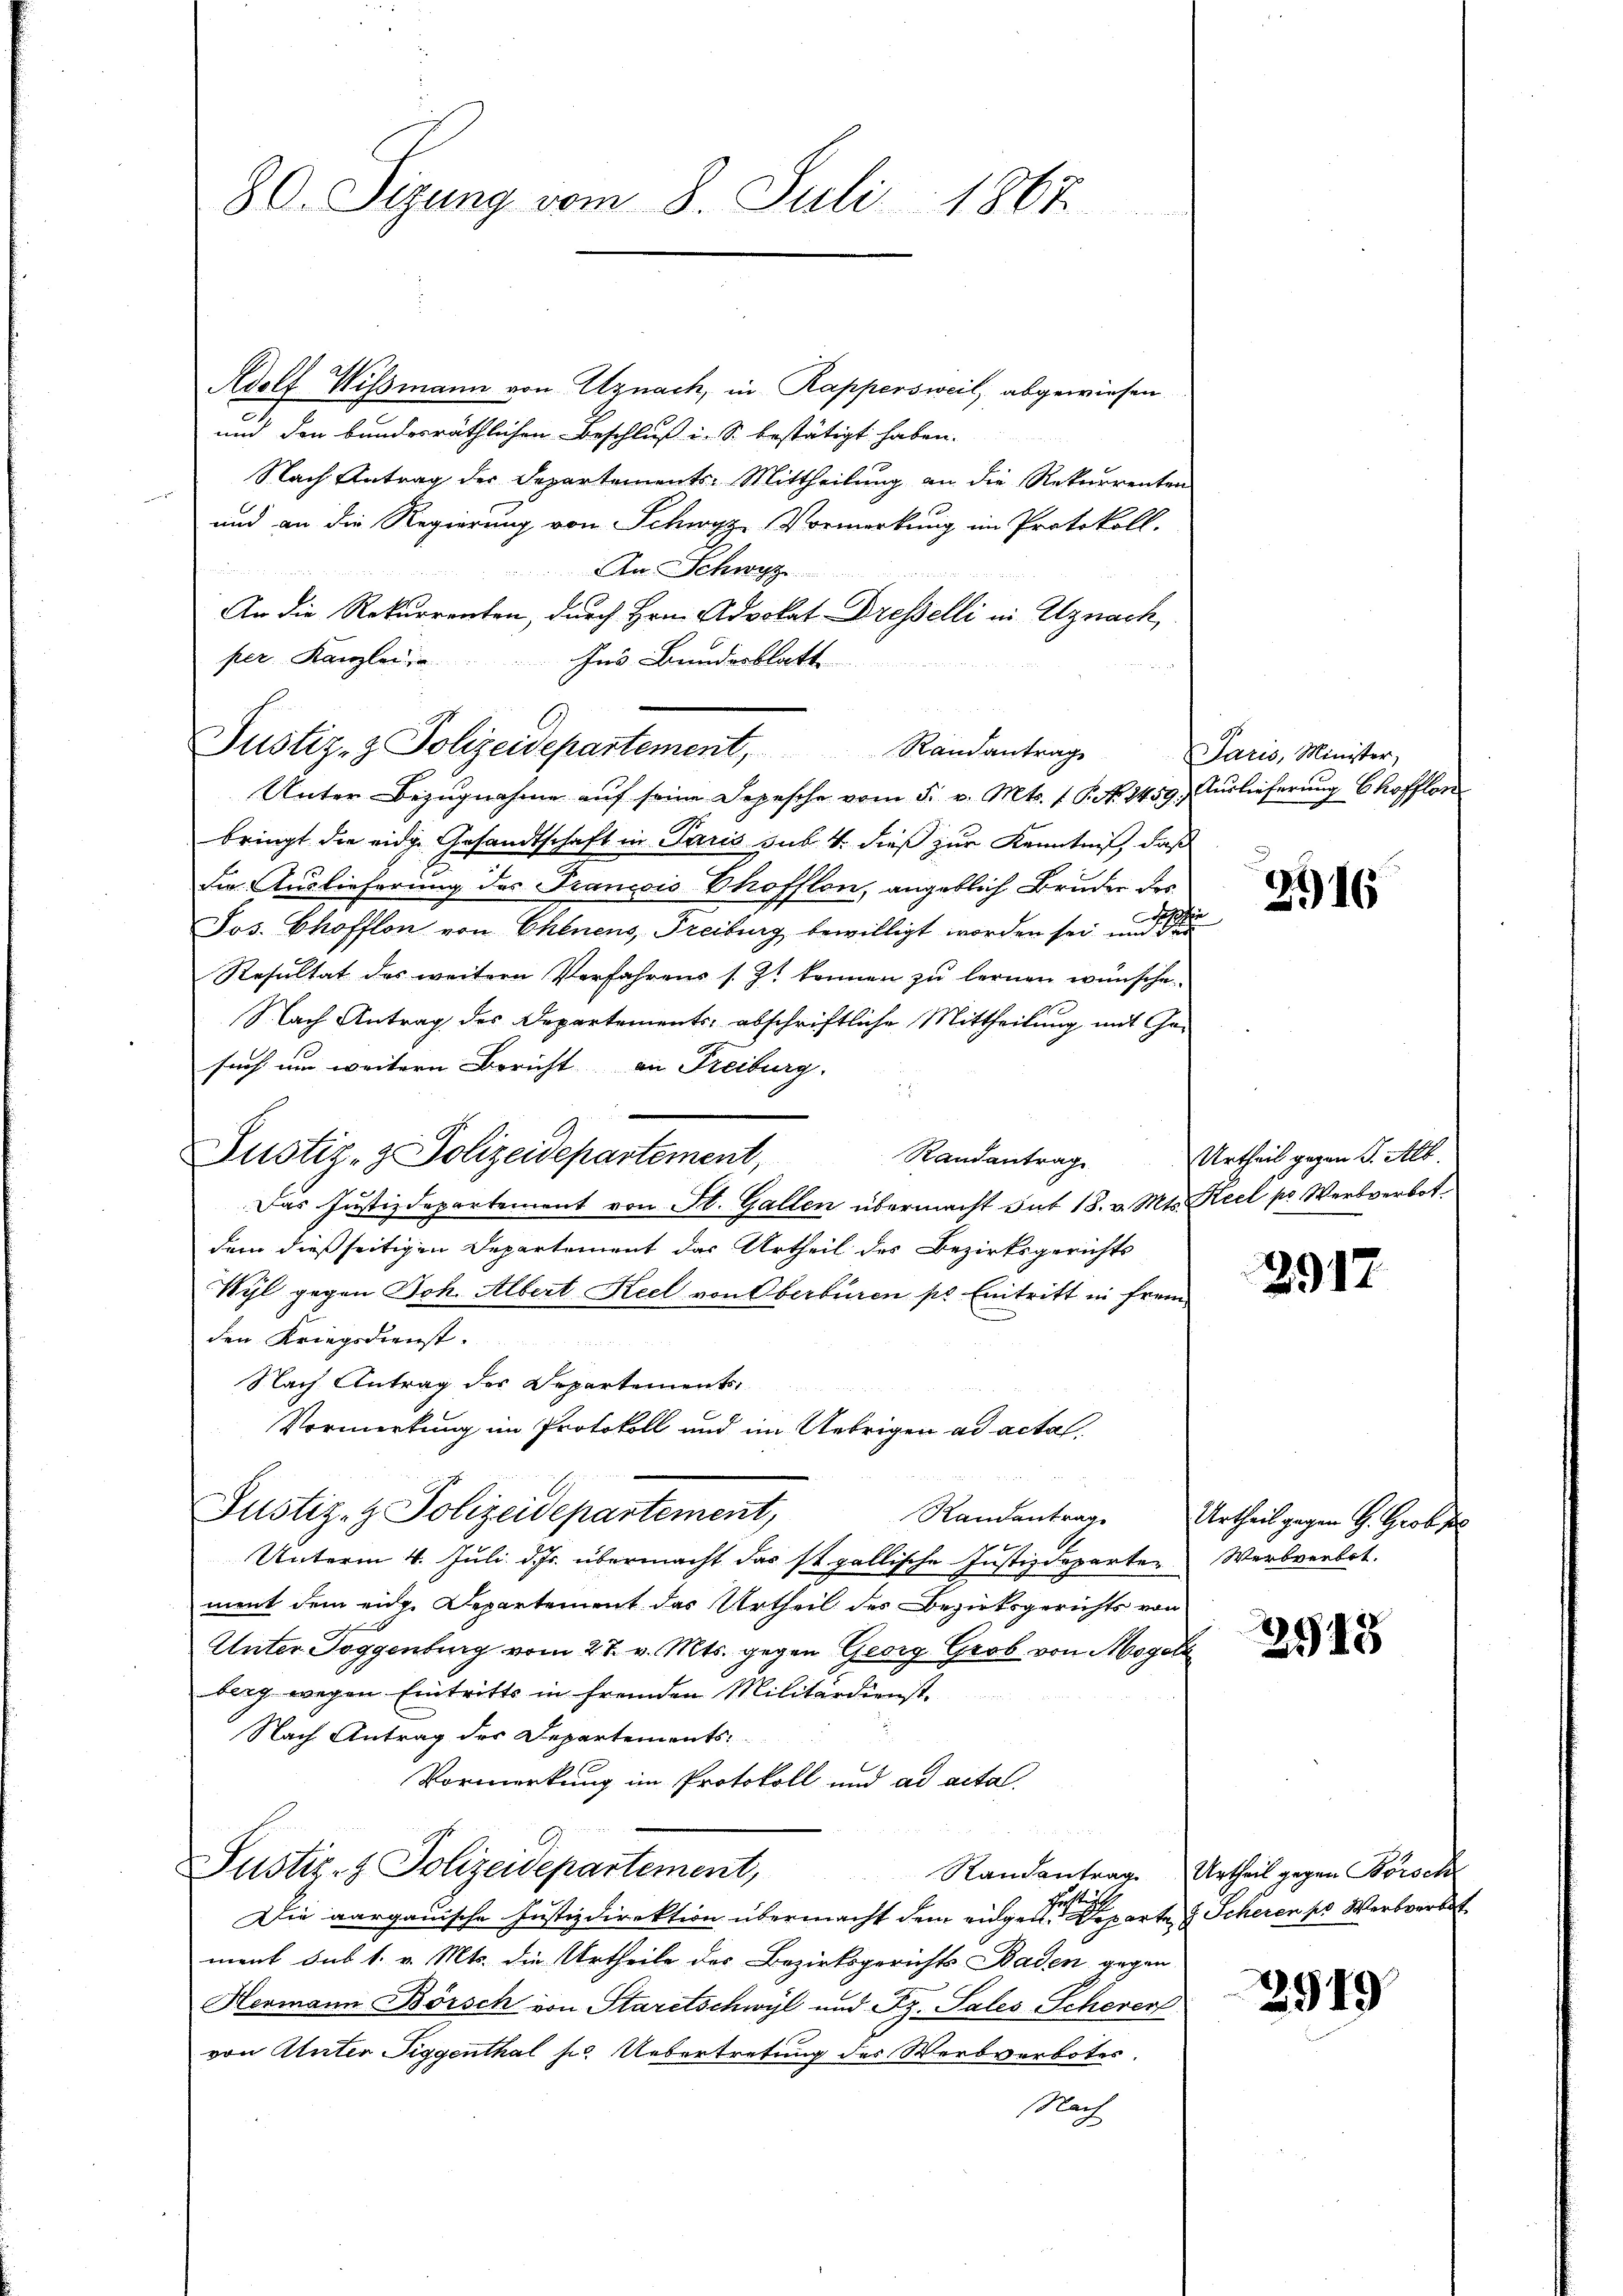
30. Sigung vom 8. Juli 1867

Adolf Wismann von Uznach, in Rappersweil, abgewiesen
und den bundesräthlichen Beschluß in S. bestätigt haben.
Nach Antrag des Departements-Mittheilung an die Rekurrenten
und an die Regierung von Schwyz, Vormerkung im Protokoll.

An Schwyz
An die Rekurrenten, durch Hrn. Advokat Dresselli in Uznach,
per. Kanzlei u.
Ins Bundesblatt
Justiz- & Polizeidepartement, Randantrage
Unter Bezugnahme auf seine Depesche vom 5. v. Mts. f. P. No 1459. Auslieferung Chofflon
bringt die eidge Gesandtschaft in Paris sub. 4. dieß zur Kenntniß, daß
Die Auslieferung des Francois Phofflon, angeblich Bruder des
e
Jos. Chofflon von Chenens, Freiburg bewilligt worden sei, und
Resultat des weitern Verfahrens s. Zt können zu lernen wünsche.
Nach Antrag des Departements, abschriftliche Mittheilung mit Gesuch um weitern Bericht an Freiburg.
Justiz- & Polizeidepartement,
Randantrag
Das Justizdepartement von St. Gallen übermacht dit 18. v. Mts. Keel pr Wertverbot
dem dießseitigen Departement das Urtheil des Bezirksgerichts
Wyl gegen Joh. Albert Keel von Oberbüren pr Eintritt in frem
den Kriegsdienst.
Nach Antrag des Departements
Vormerkung im Protokoll und im Uebrigen ad actat.
Justiz- & Polizeidepartement,
Unterm 4. Juli d. Js. übermacht das ist gallische Justizdeparten Werbverbot.
ment dem eine Departement das Urtheil des Bezirksgerichts von
Unter Toggenburg vom 27. v. Mts. gegen Georg Grob von Mogels
berg wegen Eintritts in fremden Militärdienst.
Nach Antrag des Departements
Vormerkung im Protokoll und ad actal-
Justiz- & Polizeidepartement,
1
Die aargauische Justizdirektion übermacht dem eidgen. Departe Scheren pr. Wertverbet
ment sub 1. v. Mts. die Urtheile des Bezirksgerichts Baden gegen
Hermann Börsch von Staretschwyl und Pz. Sales Scheverf
von Unter Siggenthal pr. Uebertretung des Werbverbotes.
Nach

Paris, Minister,

2916

Urtheil gegen d. Alb.

2917

Randantrage Urtheil gegen H. Grob s

3915

Randantrag Urtheil gegen Börsch

3919